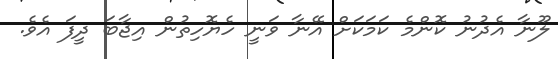
ލޫނާ އެދުނު ކޮންމެ ކަމަކަށް އޭނާ ވަނީ ހެޔޮހިތުން އިޖާބަ ދީފަ އެވެ.